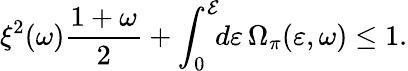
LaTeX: \xi^{2}(\omega)\frac{1+\omega}{2}+\int_{0}^{\cal E}\! \! d\varepsilon\, \Omega_{\pi}(\varepsilon,\omega)\leq 1.